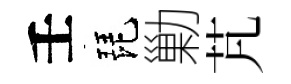
壬琵勦芃